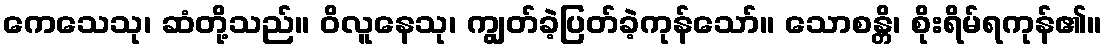
ကေသေသု၊ ဆံတို့သည်။ ဝိလူနေသု၊ ကျွတ်ခဲ့ပြတ်ခဲ့ကုန်သော်။ သောစန္တိ၊ စိုးရိမ်ရကုန်၏။